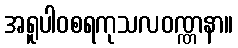
အရူပါဝစရကုသလဝဏ္ဏနာ။